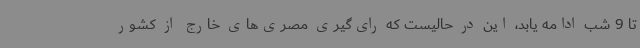
تا 9 شب ادامه یابد، این در حالیست که رای‌گیری مصری‌های خارج از کشور